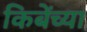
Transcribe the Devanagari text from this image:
किबेंच्या